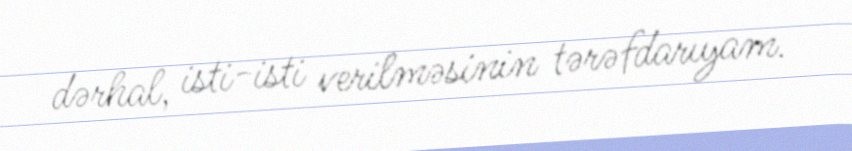
dərhal, isti-isti verilməsinin tərəfdarıyam.